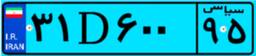
۵۲D۲۸۰۶۳